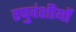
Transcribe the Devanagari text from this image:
रघुवंशीयों